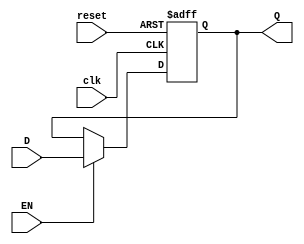
module gated_d_latch_flipflop (
    input wire D, // Data input
    input wire EN, // Enable input
    input wire clk, // Clock input
    input wire reset, // Reset input
    output reg Q // Output
);

always @(posedge clk or posedge reset) begin
    if (reset) begin
        Q <= 1'b0; // Asynchronously set output to 0
    end else if (EN) begin
        Q <= D; // Capture input when enable is high
    end
end

endmodule